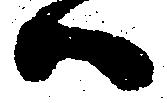
ハ